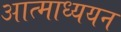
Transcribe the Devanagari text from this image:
आत्माध्ययन